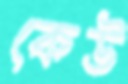
কেউ